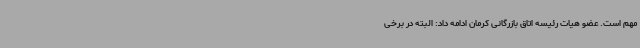
مهم است. عضو هیات رئیسه اتاق بازرگانی کرمان ادامه داد: البته در برخی